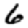
Digit: 6